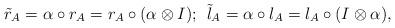
LaTeX: \begin{align*}\tilde{r}_A=\alpha\circ r_A=r_A\circ(\alpha\otimes I);\:\: \tilde{l}_A=\alpha\circ l_A=l_A\circ(I\otimes\alpha), \end{align*}